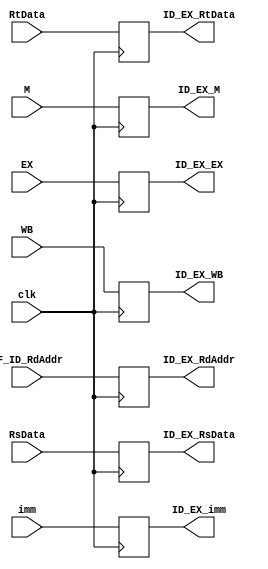
module ID_EX_Pipeline(
    //output
    output reg[31:0] ID_EX_RsData,
    output reg[31:0] ID_EX_RtData,
    output reg[4:0] ID_EX_RdAddr,
    output reg[15:0] ID_EX_imm,
    output reg [1:0] ID_EX_M,
    output reg [1:0] ID_EX_EX,
    output reg ID_EX_WB,
    //input
    input [31:0] RsData,
    input [31:0] RtData,
    input [4:0] IF_ID_RdAddr,
    input [15:0] imm,
    input [1:0] M,
    input [1:0] EX,
    input WB,
    input clk
);


always@(posedge clk)begin
    ID_EX_RsData <= RsData;
    ID_EX_RtData <= RtData;
    ID_EX_RdAddr <= IF_ID_RdAddr;
    ID_EX_imm <= imm;
    ID_EX_WB <= WB;
    ID_EX_M <= M;
    ID_EX_EX <= EX;
end
endmodule